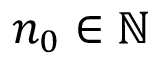
n _ { 0 } \in \mathbb { N }